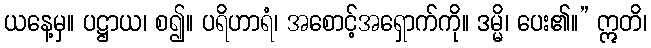
ယနေ့မှ။ ပဋ္ဌာယ၊ စ၍။ ပရိဟာရံ၊ အစောင့်အရှောက်ကို။ ဒမ္မိ၊ ပေး၏။” ဣတိ၊